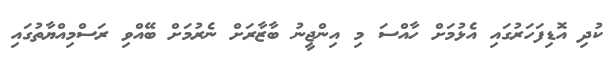
ކުދި އޮޑިފަހަރުގައި އެޅުމަށް ހާއްސަ މި އިންޖީނު ބާޒާރަށް ނެރުމަށް ބޭއްވި ރަސްމިއްޔާތުގައި